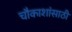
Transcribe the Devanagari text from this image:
चौकाशांसाठी